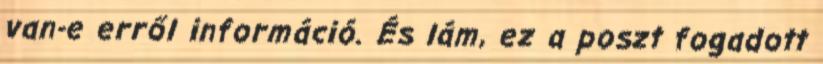
van-e erről információ. És lám, ez a poszt fogadott